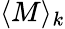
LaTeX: \langle M\rangle_{k}